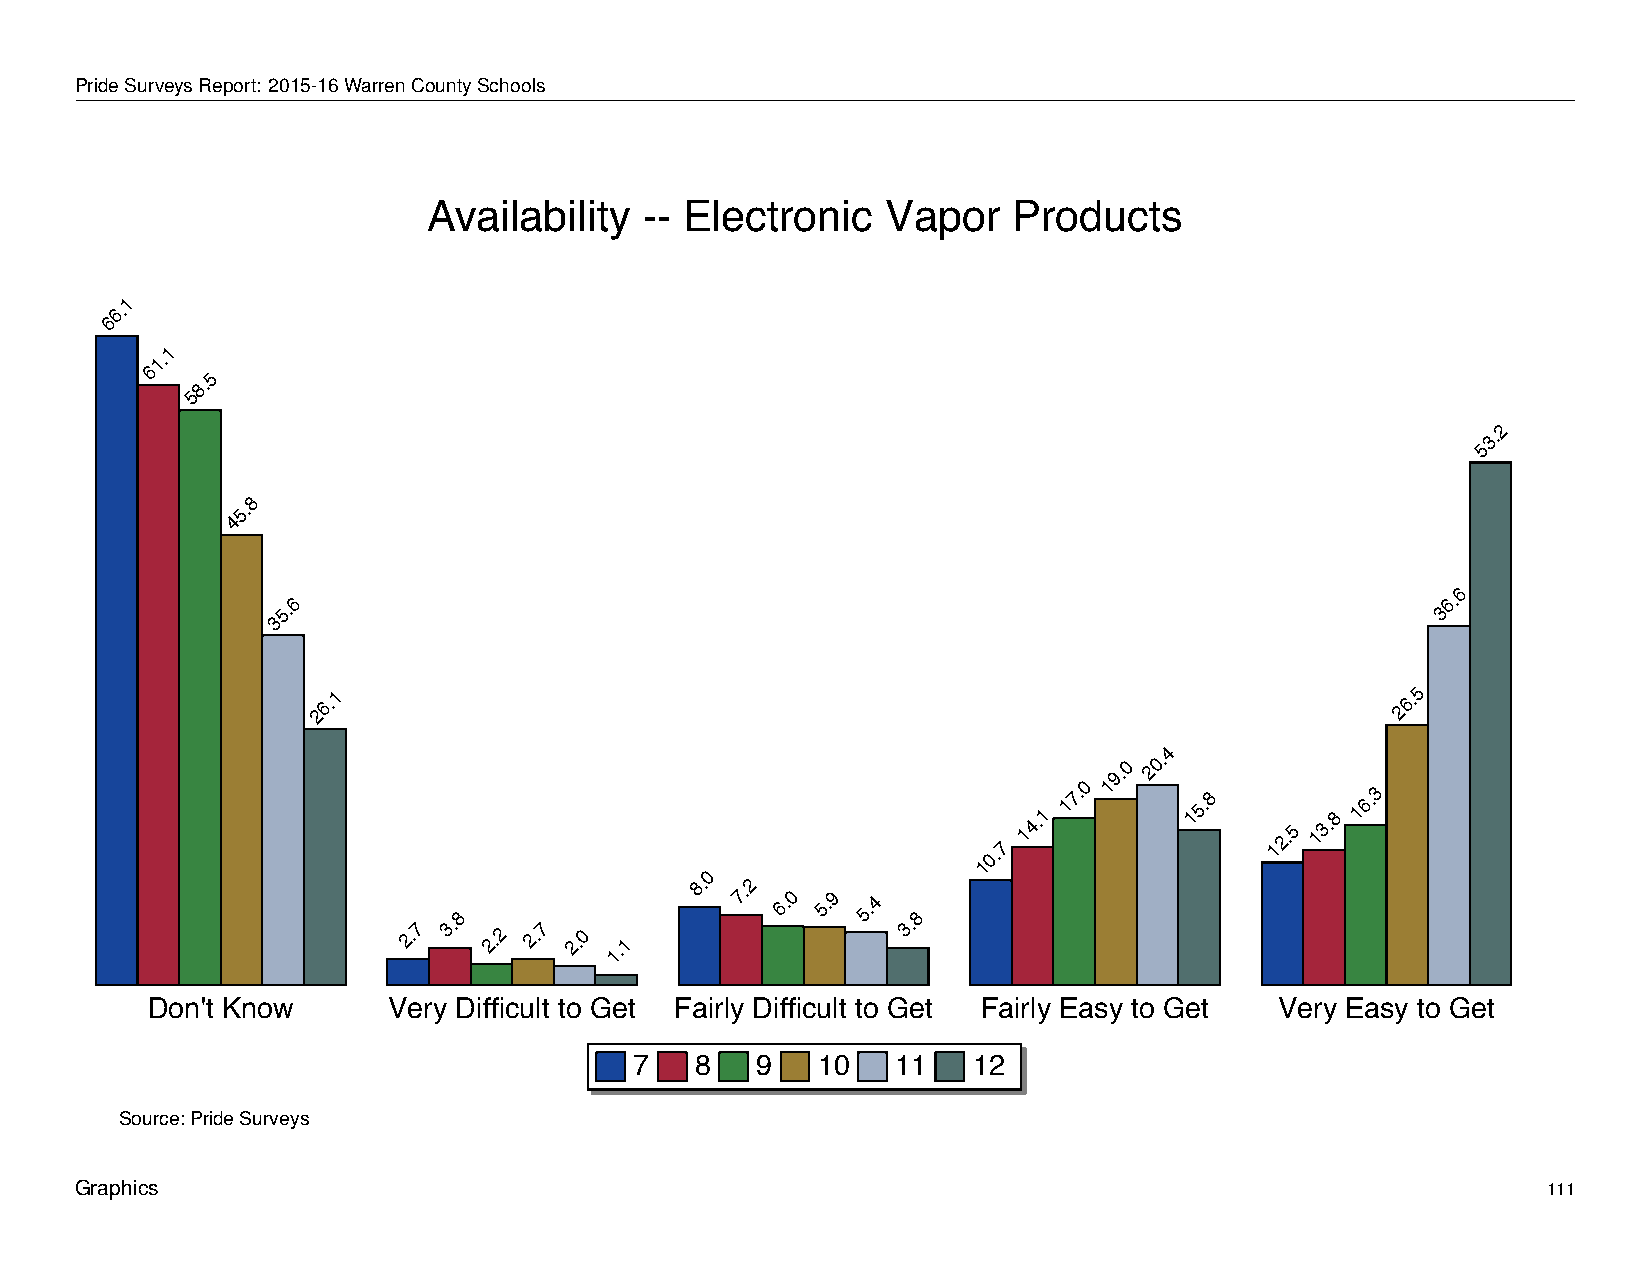
Availability             --   Electronic           Vapor         Products
 PrideSurveysReport: 2015-16WarrenCountySchools
 Availability   -- Electronic   Vapor   Products
 1
 6.
 6
 1
 1.
 6
 5
 8.
 5
 2
 3.
 5
 8
 5.
 4
 6
 35.6                                                                         36.
 26.1                                                                   26.5
 4
 0
 19.0 20.
 7
 14.1
 17.      15.8
 12.5
 13.8
 16.3
 0.
 1
 0
 2.7
 3.8
 2.2 2.7 2.0
 1.1
 8. 7.2
 6.0 5.9 5.4
 3.8
 Don't Know      Very Difficult to Get Fairly Difficult to Get Fairly Easy to Get Very Easy to Get
 7   8   9   10   11   12
 Source: Pride Surveys
 Graphics                                                                                         111